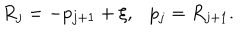
LaTeX: R _ { j } = - p _ { j + 1 } + \xi , p _ { j } = R _ { j + 1 } .